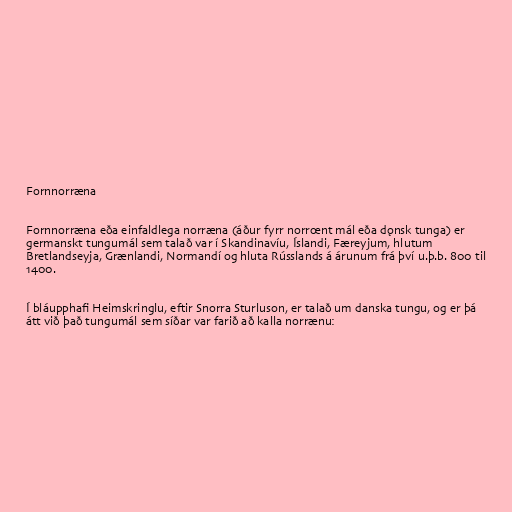
Fornnorræna

Fornnorræna eða einfaldlega norræna (áður fyrr norrœnt mál eða dǫnsk tunga) er
germanskt tungumál sem talað var í Skandinavíu, Íslandi, Færeyjum, hlutum
Bretlandseyja, Grænlandi, Normandí og hluta Rússlands á árunum frá því u.þ.b. 800 til
1400.

Í bláupphafi Heimskringlu, eftir Snorra Sturluson, er talað um danska tungu, og er þá
átt við það tungumál sem síðar var farið að kalla norrænu: